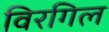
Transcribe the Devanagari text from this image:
विरगिल